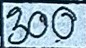
300